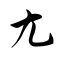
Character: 尢